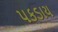
પકડાય